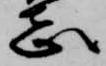
志